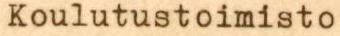
Koulutustoimisto